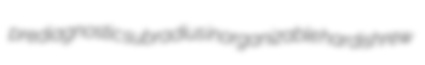
prediagnostic subradius inorganizable hardishrew